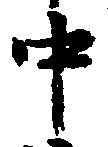
中